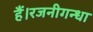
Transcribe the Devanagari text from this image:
हैं।रजनीगन्धा